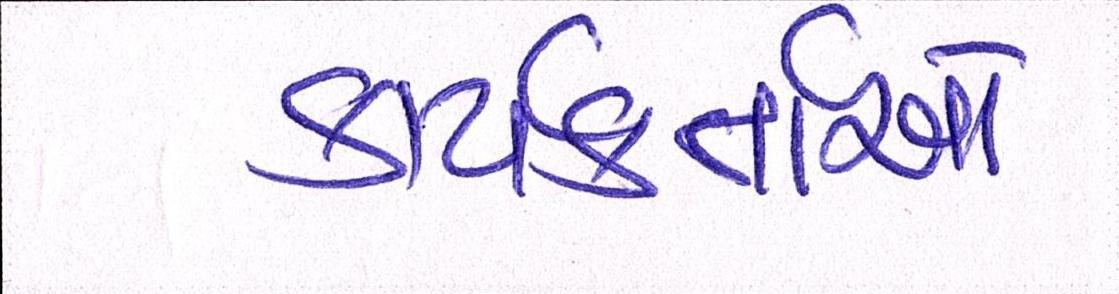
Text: કાર્યકર્તાઓ